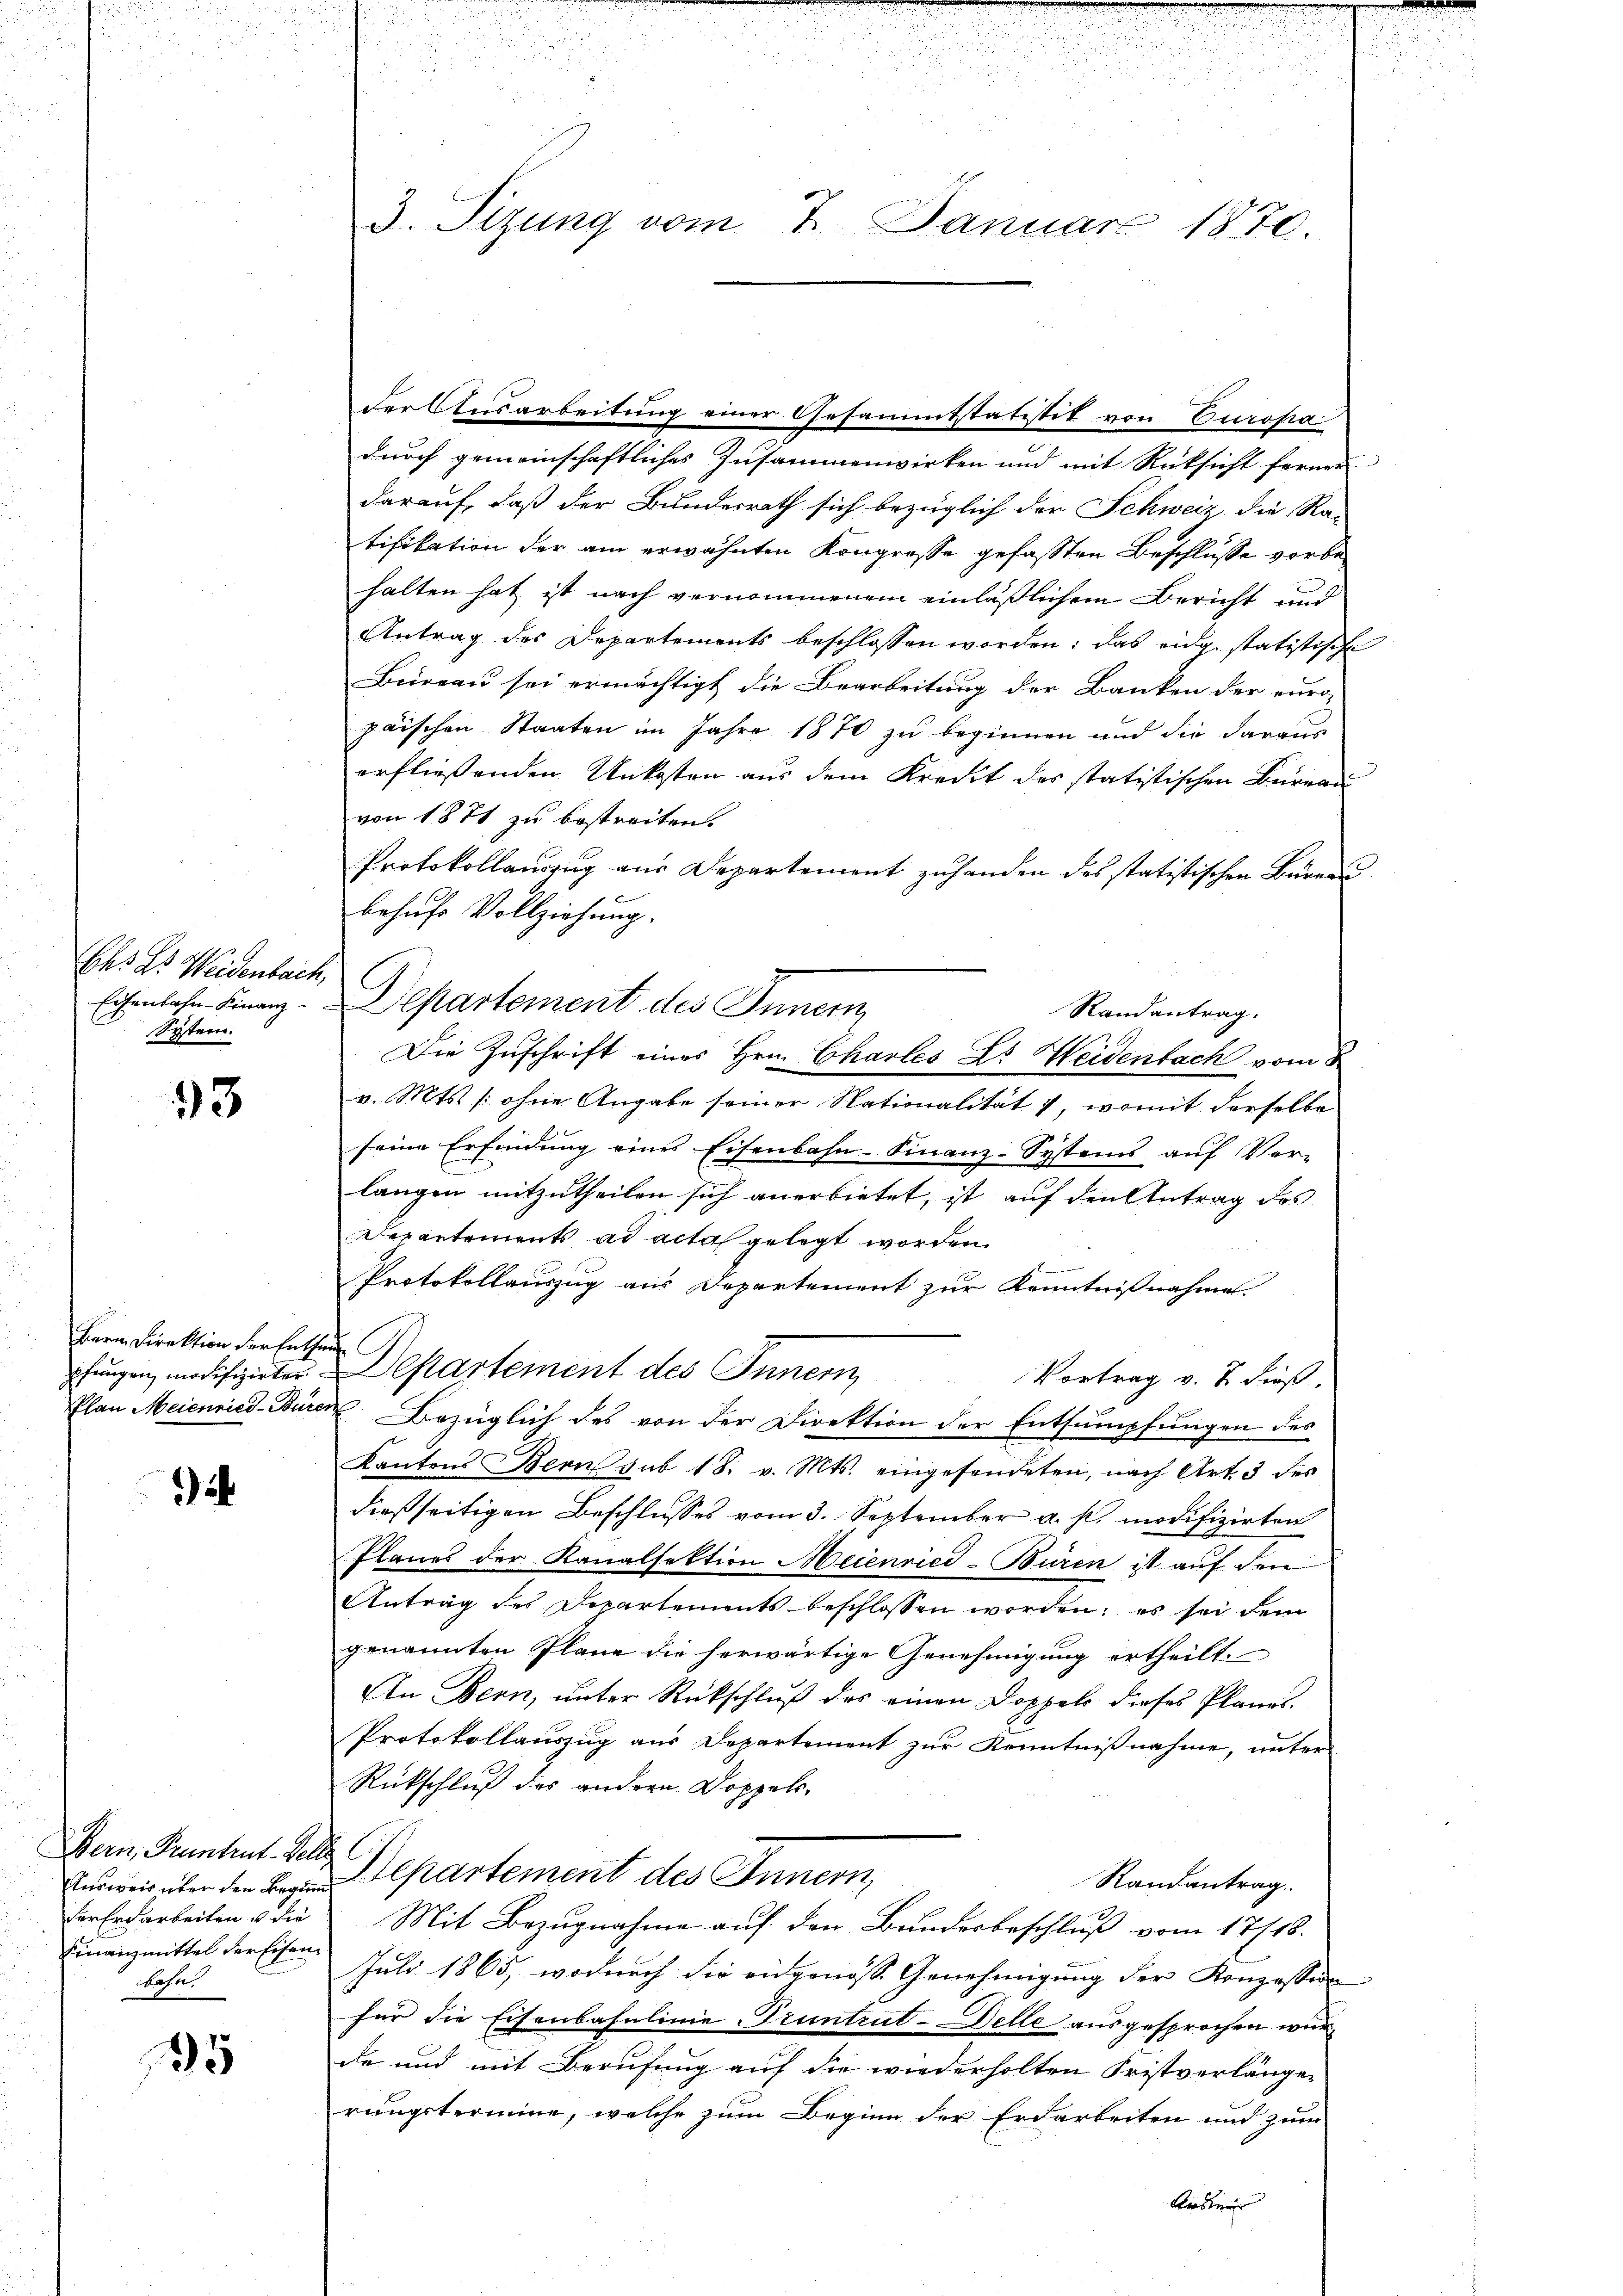
Ehs E. Weidenbach,
System.

33

Bern Direktion der Enthei

e

Bern, Pruntrut - Selbs
Finanzmittel der Eisenbahn.

85

durch gemeinschaftliches Zusammenwirken und mit Rücksicht ferner
darauf, daß der Bundesrath sich bezüglich der Schweiz die Ra-
tifikation der am erwähnten Kongresse gefassten Beschlusse vorbehalten hat ist nach vernommenem einläßlichem Bericht und
Antrag des Departements beschlossen worden: das eidg. statistische
Büreau sei ermächtigt die Bearbeitung der Banken der euro-
paischen Staaten im Jahre 1870 zu beginnen und die daraus
erfließenden Unkosten aus dem Kredit des statistischen Büreau
von 1871 zu bestreiten.
Protokollauszug aus Departement zuhanden des statistischen Büren
behufs Vollziehung.
Eisenbahn-Finanz-Departement des Innern
Randantrag.
Die Zuschrift eines Hrn. Charles Dr. Heidenbach vom 8
v. Mts. [ohne Angabe seiner Nationalität, womit derselbe
seine Erfindung eines Eisenbahn-Finanz-Systems auf Vor-
langen mitzutheilen sich anerbietet, ist auf den Antrag des
Departements ad acta gelegt worden.
e
Protokollauszug aus Departement zur Kenntnißnahme
chungen, modifizirter Departement des Innern
Vortrag v. J. dieß.
Plan Meienried-Büren Bezüglich des von der Direktion der Entsumpfungen des
Kantons Bern sub 18. v. Mts. eingesendeten, nach Art. 3 des
dießseitigen Beschlusses vom 3. September a. p. modifizirten
Planes der Kanalsektion Meienried-Büren ist auf den
Antrag des Departements beschlossen worden; es sei dem
genannten Plane die herwärtige Genehmigung ertheilt.
An Bern, unter Rückschluß des einen Doppels dieses Planes.
Protokollauszug aus Departement zur Kenntnißnahme, unter
Rückschluß des andern Doppel¬
Ausweis über den Bezug partement des Innern,
Randantrag
der Erdarbeiten & die Mit Bezugnahme auf den Bundesbeschluß vom 17/18.
Juli 1865, wodurch die eidgenosse Genehmigung der Konzessin
für die Eisenbahnlinie Truntrut-Delle ausgesprochen wurde und mit Berufung auf die wiederholten Fristverlänger
rungstermine, welche zum Beginn der Erdarbeiten und zum
Riebene

.
3. Sizung vom 7. Januar 1870.

der Ausarbeitung einer Gesammtstatistik von Euroha